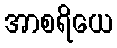
အာစရိယေ